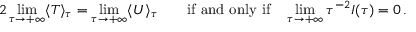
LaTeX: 2 \operatorname* { l i m } _ { \tau \rightarrow + \infty } \langle T \rangle _ { \tau } = \operatorname* { l i m } _ { \tau \rightarrow + \infty } \langle U \rangle _ { \tau } \qquad { \mathrm { i f ~ a n d ~ o n l y ~ i f } } \quad \operatorname* { l i m } _ { \tau \rightarrow + \infty } { \tau } ^ { - 2 } I ( \tau ) = 0 \, .